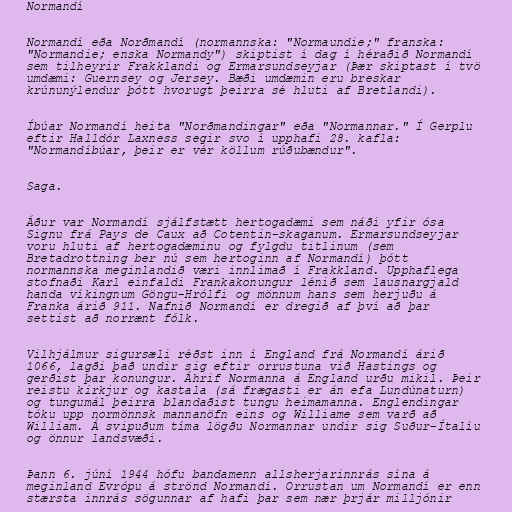
Normandí

Normandí eða Norðmandí (normannska: "Normaundie;" franska:
"Normandie; enska Normandy") skiptist í dag í héraðið Normandí
sem tilheyrir Frakklandi og Ermarsundseyjar (Þær skiptast í tvö
umdæmi: Guernsey og Jersey. Bæði umdæmin eru breskar
krúnunýlendur þótt hvorugt þeirra sé hluti af Bretlandi).

Íbúar Normandí heita "Norðmandingar" eða "Normannar." Í Gerplu
eftir Halldór Laxness segir svo í upphafi 28. kafla:
"Normandíbúar, þeir er vér köllum rúðubændur".

Saga.

Áður var Normandí sjálfstætt hertogadæmi sem náði yfir ósa
Signu frá Pays de Caux að Cotentin-skaganum. Ermarsundseyjar
voru hluti af hertogadæminu og fylgdu titlinum (sem
Bretadrottning ber nú sem hertoginn af Normandí) þótt
normannska meginlandið væri innlimað í Frakkland. Upphaflega
stofnaði Karl einfaldi Frankakonungur lénið sem lausnargjald
handa víkingnum Göngu-Hrólfi og mönnum hans sem herjuðu á
Franka árið 911. Nafnið Normandí er dregið af því að þar
settist að norrænt fólk.

Vilhjálmur sigursæli réðst inn í England frá Normandí árið
1066, lagði það undir sig eftir orrustuna við Hastings og
gerðist þar konungur. Áhrif Normanna á England urðu mikil. Þeir
reistu kirkjur og kastala (sá frægasti er án efa Lundúnaturn)
og tungumál þeirra blandaðist tungu heimamanna. Englendingar
tóku upp normönnsk mannanöfn eins og Williame sem varð að
William. Á svipuðum tíma lögðu Normannar undir sig Suður-Ítalíu
og önnur landsvæði.

Þann 6. júní 1944 hófu bandamenn allsherjarinnrás sína á
meginland Evrópu á strönd Normandí. Orrustan um Normandí er enn
stærsta innrás sögunnar af hafi þar sem nær þrjár milljónir